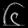
Digit: ၆